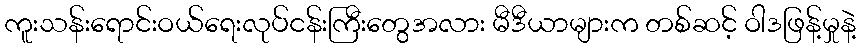
ကူးသန်းရောင်းဝယ်ရေးလုပ်ငန်းကြီးတွေအလား မီဒီယာများက တစ်ဆင့် ဝါဒဖြန့်မှုနဲ့